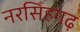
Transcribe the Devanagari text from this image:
नरसिँहगढ़